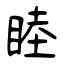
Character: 睦